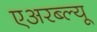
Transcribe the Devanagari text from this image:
एअरब्ल्यू